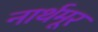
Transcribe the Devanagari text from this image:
नार्थमूर